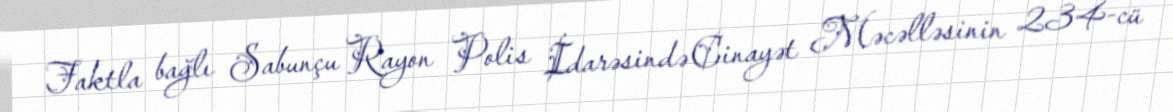
Faktla bağlı Sabunçu Rayon Polis İdarəsində Cinayət Məcəlləsinin 234-cü